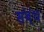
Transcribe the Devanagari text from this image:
संब्ंध